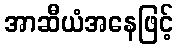
အာဆီယံအနေဖြင့်